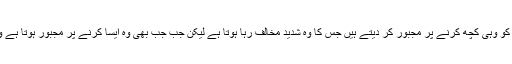
بے شک حالات اکثر انسان کو وہی کچھ کرنے پر مجبور کر دیتے ہیں جس کا وہ شدید مخالف رہا ہوتا ہے لیکن جب جب بھی وہ ایسا کرنے پر مجبور ہوتا ہے وہ دوباتیں ضرور کرتا ہے۔